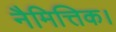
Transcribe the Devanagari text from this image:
नैमित्तिक।